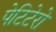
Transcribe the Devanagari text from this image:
पेटिटेरो